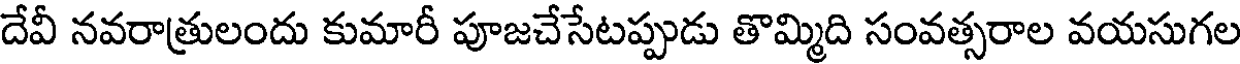
దేవీ నవరాత్రులందు కుమారీ పూజచేసేటప్పుడు తొమ్మిది సంవత్సరాల వయసుగల